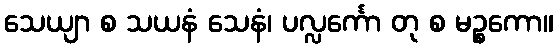
သေယျာ စ သယနံ သေနံ၊ ပလ္လင်္ကော တု စ မဉ္စကော။